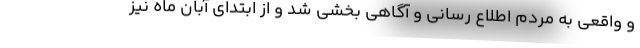
و واقعی به مردم اطلاع رسانی و آگاهی بخشی شد و از ابتدای آبان ماه نیز